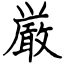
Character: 厳